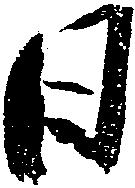
日